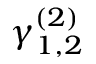
\gamma _ { 1 , 2 } ^ { ( 2 ) }